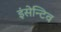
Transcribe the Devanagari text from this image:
इंसेन्टिव